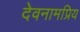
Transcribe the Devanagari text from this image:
देवनामप्रिय